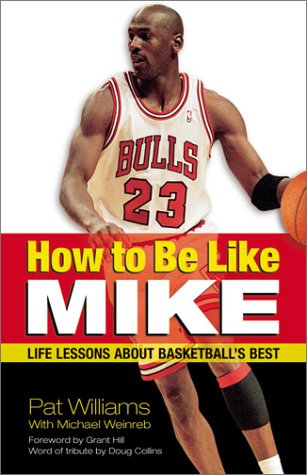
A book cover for How to Be Like Mike: Life Lessons about Basketball's Best; Pat Williams; Sports & Outdoors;